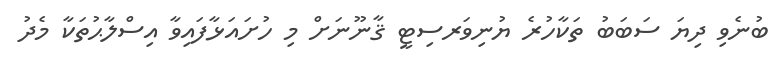
ބުނެވި ދިޔަ ސަބަބު ތަކާހުރެ ޔުނިވަރސިޓީ ޤާނޫނަށް މި ހުށައަޅާފައިވާ އިސްލާޙުތަކާ މެދު